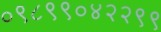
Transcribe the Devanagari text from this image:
०९८९९०४२२९९